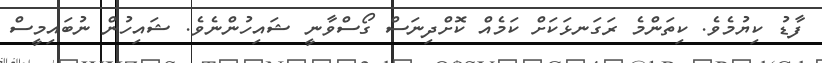
ފާޑު ކިޔުމެވެ. ކިތަންމެ ރަގަނޅަކަށް ކަމެއް ކޮށްދިނަސް ގޯސްވާނީ ޝައިހުންނެވެ. ޝައިހުން ނުބައިމީސް